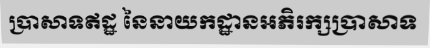
ប្រាសាទឥដ្ឋ នៃនាយកដ្ឋានអភិរក្សប្រាសាទ